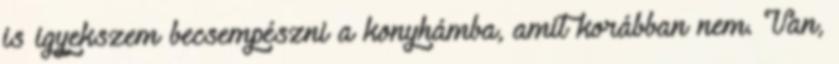
is igyekszem becsempészni a konyhámba, amit korábban nem. Van,